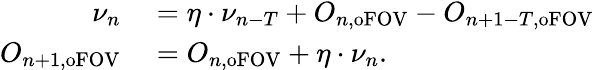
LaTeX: \begin{array}{rl}{\nu_{n}}&{{}=\eta\cdot\nu_{n-T}+O_{n,\textrm{oFOV}}-O_{n+1-T,\textrm{oFOV}}}\\ {O_{n+1,\textrm{oFOV}}}&{{}=O_{n,\textrm{oFOV}}+\eta\cdot\nu_{n}.}\end{array}